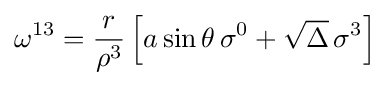
\omega ^{13}={\frac {r}{\rho ^{3}}}\left[a\sin \theta \,\sigma ^{0}+{\sqrt {\Delta }}\,\sigma ^{3}\right]